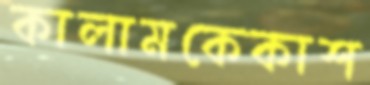
কালামকেকাশ